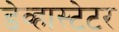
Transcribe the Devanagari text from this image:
डेव्हास्टेटर